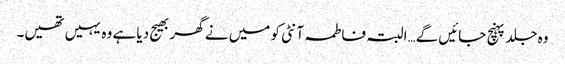
وہ جلد پہنچ جائیں گے…البتہ فاطمہ آنٹی کو میں نے گھر بھیج دیا ہے وہ یہیں تھیں۔